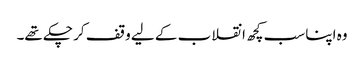
وہ اپنا سب کچھ انقلاب کے لیے وقف کر چکے تھے۔